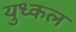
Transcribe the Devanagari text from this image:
युध्कल